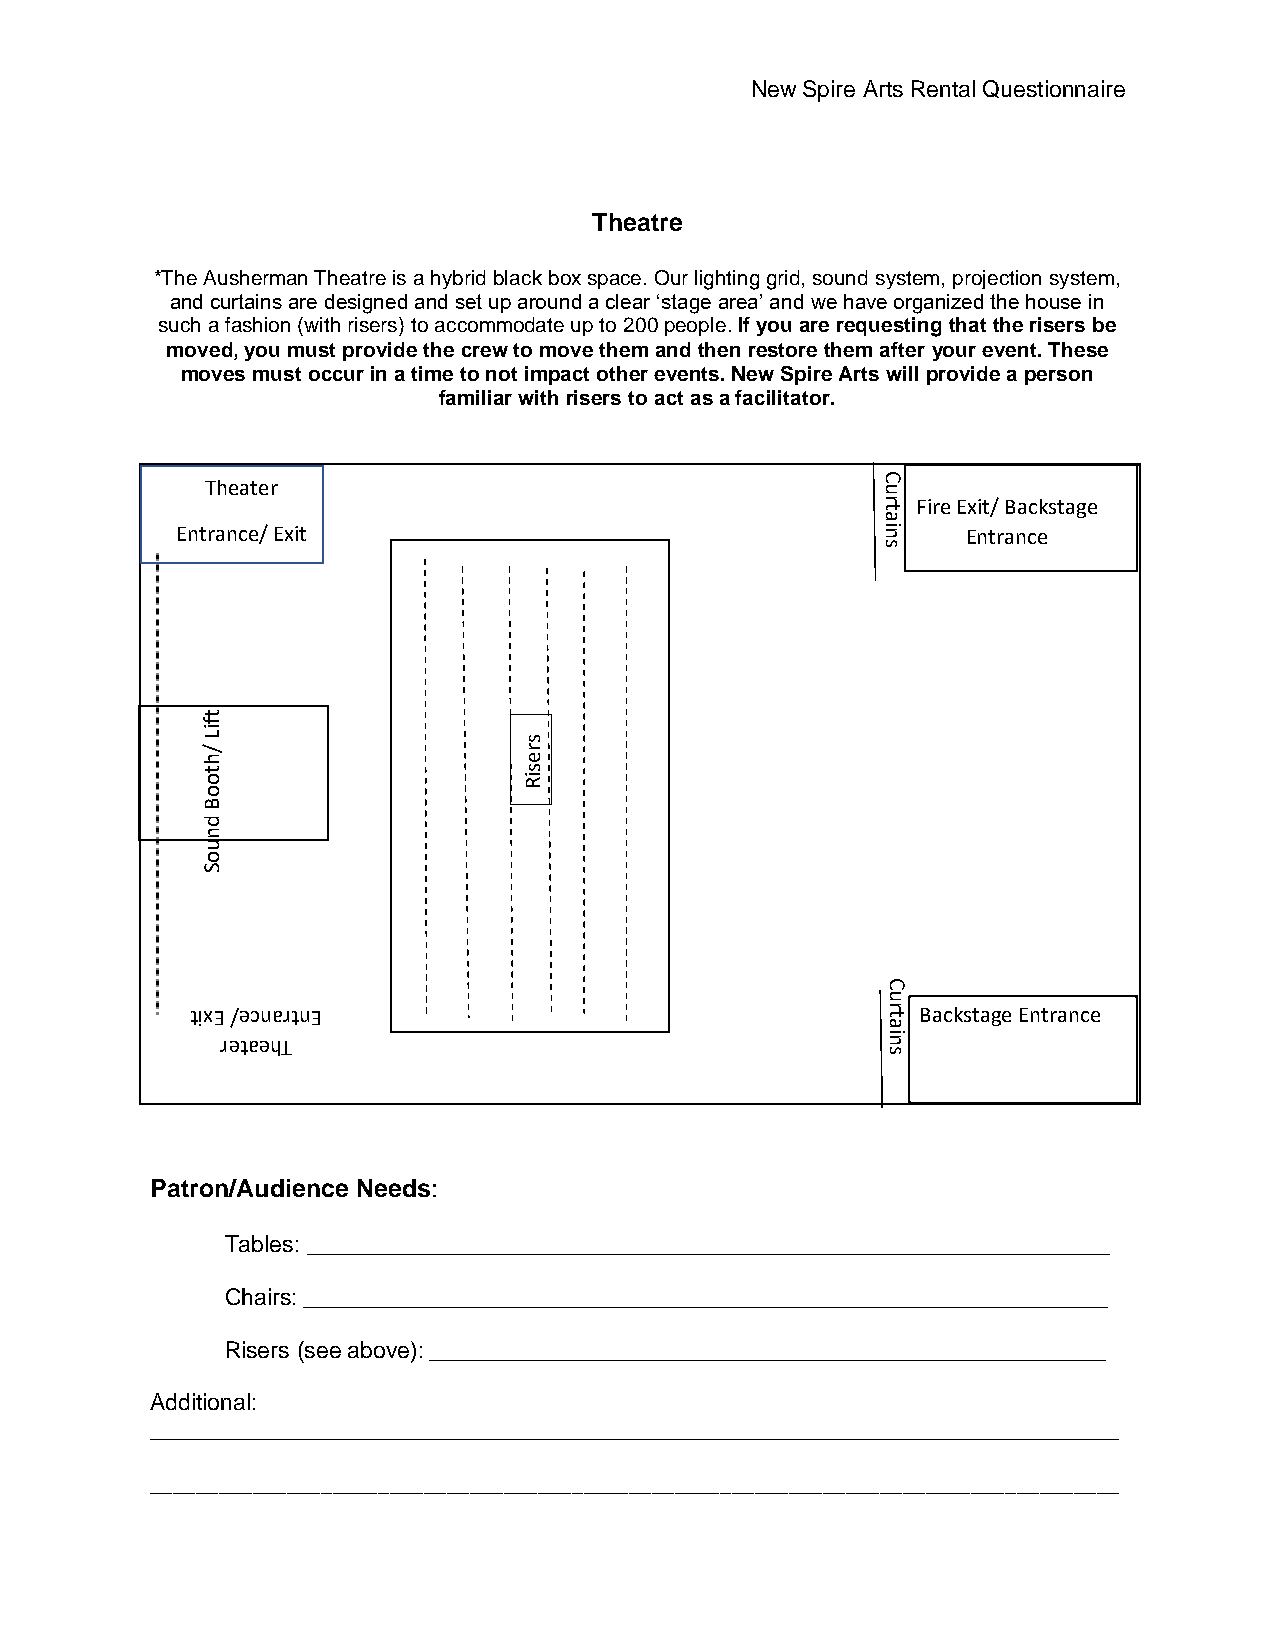
New Spire Arts Rental Questionnaire
 Theatre
 *The Ausherman Theatre is a hybrid black box space. Our lighting grid, sound system, projection system,
 and curtains are designed and set up around a clear ‘stage area’ and we have organized the house in
 such a fashion (with risers) to accommodate up to 200 people. If you are requesting that the risers be
 moved, you must provide the crew to move them and then restore them after your event. These
 moves must occur in a time to not impact other events. New Spire Arts will provide a person
 familiar with risers to act as a facilitator.
 C
 Theater                                     ru
 Fire Exit/ Backstage
 at
 Entrance/ Exit                                ni    Entrance
 s
 t
 f
 iL
 /
 s
 r
 h                     e
 t                     s
 o
 o
 iR
 B
 d
 n
 u
 o
 S
 C
 u
 tixE /ecnartnE                                tr Backstage Entrance
 a
 retaehT
 sni
 Patron/Audience Needs:
 Tables: _______________________________________________________________
 Chairs: _______________________________________________________________
 Risers (see above): _____________________________________________________
 Additional:
 ____________________________________________________________________________
 _____________________________________________________________________________________